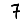
Digit: 7